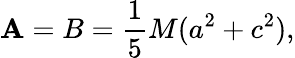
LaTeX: \mathbf{A}=B={\frac{{1}}{{5}}}M(a^{2}+c^{2}),